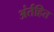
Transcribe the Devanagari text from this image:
अंर्तहित